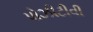
પોઝીટીવી